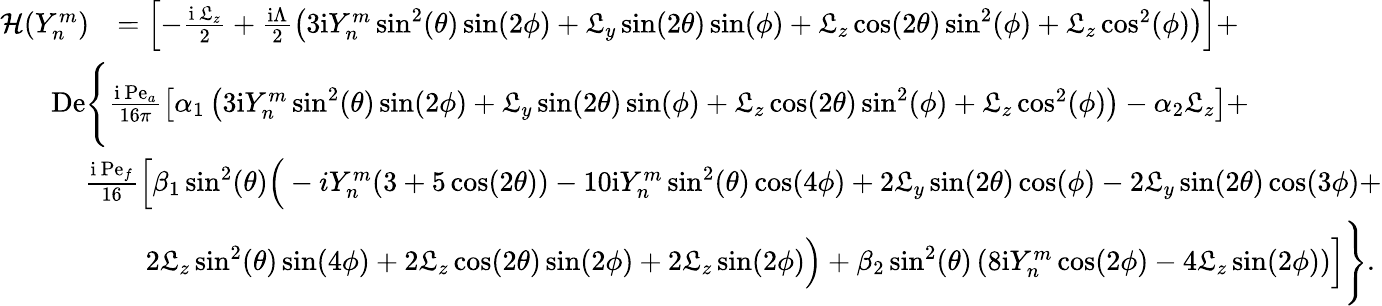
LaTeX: \begin{array}{rl}{\mathcal{H}(Y_{n}^{m})}&{=\left[-\frac{\mathrm{i}\, \mathfrak{L}_{z}}{2}+\frac{\mathrm{i}\Lambda}{2}\left(3\mathrm{i}{Y_{n}^{m}}\sin^{2}(\theta)\sin(2\phi)+\mathfrak{L}_{y}\sin(2\theta)\sin(\phi)+\mathfrak{L}_{z}\cos(2\theta)\sin^{2}(\phi)+\mathfrak{L}_{z}\cos^{2}(\phi)\right)\right]+}\\ &{\! \! \! \! \! \! \! \! \! \! \! \! \! \! \mathrm{De}\Bigg\lbrace\frac{\mathrm{i}\, \mathrm{Pe}_{a}}{16\pi}\left[\alpha_{1}\left(3\mathrm{i}Y_{n}^{m}\sin^{2}(\theta)\sin(2\phi)+\mathfrak{L}_{y}\sin(2\theta)\sin(\phi)+\mathfrak{L}_{z}\cos(2\theta)\sin^{2}(\phi)+\mathfrak{L}_{z}\cos^{2}(\phi)\right)-\alpha_{2}\mathfrak{L}_{z}\right]+}\\ &{\! \! \! \! \! \! \! \frac{\mathrm{i}\, \mathrm{Pe}_{f}}{16}\Big[\beta_{1}\sin^{2}(\theta)\Big(-iY_{n}^{m}(3+5\cos(2\theta))-10\mathrm{i}Y_{n}^{m}\sin^{2}(\theta)\cos(4\phi)+2\mathfrak{L}_{y}\sin(2\theta)\cos(\phi)-2\mathfrak{L}_{y}\sin(2\theta)\cos(3\phi)+}\\ &{\quad 2\mathfrak{L}_{z}\sin^{2}(\theta)\sin(4\phi)+2\mathfrak{L}_{z}\cos(2\theta)\sin(2\phi)+2\mathfrak{L}_{z}\sin(2\phi)\Big)+\beta_{2}\sin^{2}(\theta)\left(8\mathrm{i}Y_{n}^{m}\cos(2\phi)-4\mathfrak{L}_{z}\sin(2\phi)\right)\Big]\Bigg\rbrace.}\end{array}